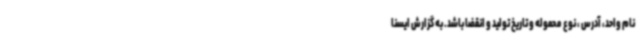
نام واحد، آدرس ، نوع محموله و تاریخ تولید و انقضا باشد. به گزارش ایسنا